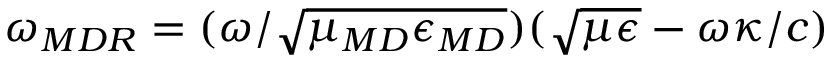
\omega _ { \/ { M D R } } = ( \omega / \sqrt { \mu _ { \/ { M D } } \epsilon _ { \/ { M D } } } ) ( \sqrt { \mu \epsilon } - \omega \kappa / c )